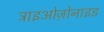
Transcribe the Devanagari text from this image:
ट्राइओज़ोनाइड